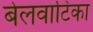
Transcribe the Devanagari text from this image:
बेलवाटिका